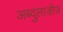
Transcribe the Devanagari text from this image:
अब्दुलाजी़ज़